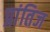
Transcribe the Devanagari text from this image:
प्रांतिज